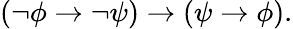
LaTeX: (\lnot\phi\to\lnot\psi)\to(\psi\to\phi).